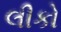
લીકો